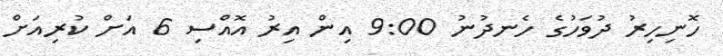
ހޮނިހިރު ދުވަހުގެ ހެނދުނު 9:00 އިން އިރު އޮއްސި 6 އަށް ކުރިއަށް